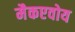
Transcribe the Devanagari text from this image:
मैकएवोय